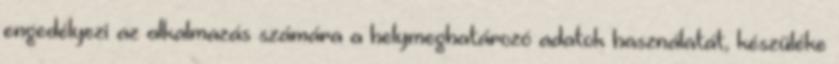
engedélyezi az alkalmazás számára a helymeghatározó adatok használatát, készüléke